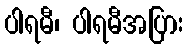
ပါရမီ၊ ပါရမီအပြား